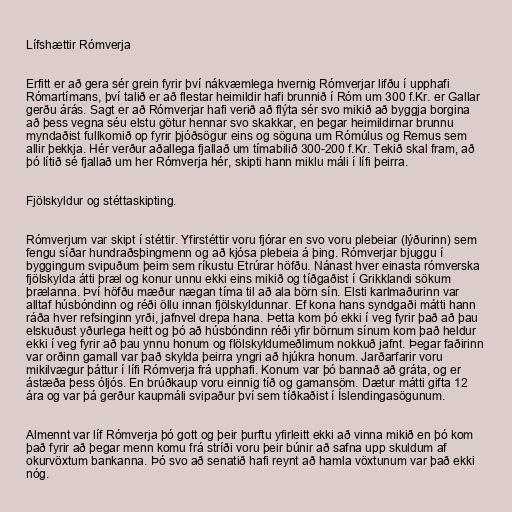
Lífshættir Rómverja

Erfitt er að gera sér grein fyrir því nákvæmlega hvernig Rómverjar lifðu í upphafi
Rómartímans, því talið er að flestar heimildir hafi brunnið í Róm um 300 f.Kr. er Gallar
gerðu árás. Sagt er að Rómverjar hafi verið að flýta sér svo mikið að byggja borgina
að þess vegna séu elstu götur hennar svo skakkar, en þegar heimildirnar brunnu
myndaðist fullkomið op fyrir þjóðsögur eins og söguna um Rómúlus og Remus sem
allir þekkja. Hér verður aðallega fjallað um tímabilið 300-200 f.Kr. Tekið skal fram, að
þó lítið sé fjallað um her Rómverja hér, skipti hann miklu máli í lífi þeirra.

Fjölskyldur og stéttaskipting.

Rómverjum var skipt í stéttir. Yfirstéttir voru fjórar en svo voru plebeiar (lýðurinn) sem
fengu síðar hundraðsþingmenn og að kjósa plebeia á þing. Rómverjar bjuggu í
byggingum svipuðum þeim sem ríkustu Etrúrar höfðu. Nánast hver einasta rómverska
fjölskylda átti þræl og konur unnu ekki eins mikið og tíðgaðist í Grikklandi sökum
þrælanna. Því höfðu mæður nægan tíma til að ala börn sín. Elsti karlmaðurinn var
alltaf húsbóndinn og réði öllu innan fjölskyldunnar. Ef kona hans syndgaði mátti hann
ráða hver refsinginn yrði, jafnvel drepa hana. Þetta kom þó ekki í veg fyrir það að þau
elskuðust yðurlega heitt og þó að húsbóndinn réði yfir börnum sínum kom það heldur
ekki í veg fyrir að þau ynnu honum og flölskyldumeðlimum nokkuð jafnt. Þegar faðirinn
var orðinn gamall var það skylda þeirra yngri að hjúkra honum. Jarðarfarir voru
mikilvægur þáttur í lífi Rómverja frá upphafi. Konum var þó bannað að gráta, og er
ástæða þess óljós. En brúðkaup voru einnig tíð og gamansöm. Dætur mátti gifta 12
ára og var þá gerður kaupmáli svipaður því sem tíðkaðist í Íslendingasögunum.

Almennt var líf Rómverja þó gott og þeir þurftu yfirleitt ekki að vinna mikið en þó kom
það fyrir að þegar menn komu frá stríði voru þeir búnir að safna upp skuldum af
okurvöxtum bankanna. Þó svo að senatið hafi reynt að hamla vöxtunum var það ekki
nóg.